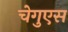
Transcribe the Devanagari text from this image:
चेगुएस